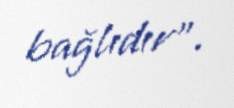
bağlıdır”.